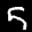
Label: 5